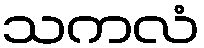
သကလံ